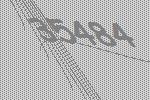
35484